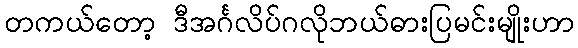
တကယ်တော့ ဒီအင်္ဂလိပ်ဂလိုဘယ်ဓားပြမင်းမျိုးဟာ